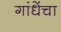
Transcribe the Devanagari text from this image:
गांधेंचा